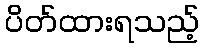
ပိတ်ထားရသည့်